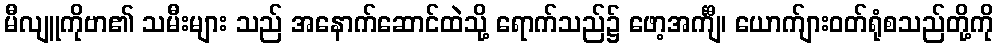
မီလျူကိုဗာ၏ သမီးများ သည် အနောက်ဆောင်ထဲသို့ ရောက်သည်၌ ဖော့အင်္ကျီ၊ ယောက်ျားဝတ်ရုံစသည်တို့ကို